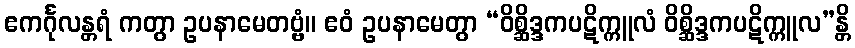
ဧကင်္ဂုလန္တရံ ကတွာ ဥပနာမေတဗ္ဗံ။ ဧဝံ ဥပနာမေတွာ “ဝိစ္ဆိဒ္ဒကပဋိက္ကူလံ ဝိစ္ဆိဒ္ဒကပဋိက္ကူလ”န္တိ